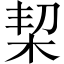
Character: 栔